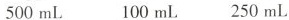
500mL 100mL 250mL